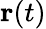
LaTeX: \textbf{r}(t)